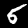
Digit: 5